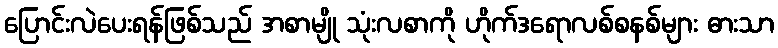
ပြောင်းလဲပေးရန်ဖြစ်သည် အစာမျို သုံးလစာကို ဟိုက်ဒရောလစ်စနစ်များ ဓားသာ